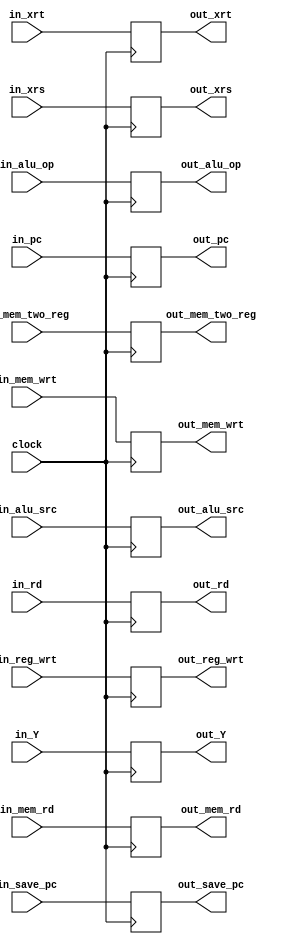
`timescale 1ns / 1ps
//////////////////////////////////////////////////////////////////////////////////
// Company: 
// Engineer: 
// 
// Design Name: 
// Module Name: id_ex_buffer
// Project Name: 
// Target Devices: 
// Tool Versions: 
// Description: 
// 
// Dependencies: 
// 
// Revision:
// Revision 0.01 - File Created
// Additional Comments:
// 
//////////////////////////////////////////////////////////////////////////////////


module id_ex_buffer(input clock,
                    input in_reg_wrt, 
                    input in_mem_two_reg, 
                    input in_mem_wrt, 
                    input in_mem_rd, 
                    input [2:0] in_alu_op, 
                    input in_alu_src, 
                    input in_save_pc,
                    input [31:0] in_pc,
                    input [31:0] in_Y,
                    input [31:0] in_xrs,
                    input [31:0] in_xrt,
                    input [5:0] in_rd,
                    output reg out_reg_wrt, 
                    output reg out_mem_two_reg, 
                    output reg out_mem_wrt, 
                    output reg out_mem_rd, 
                    output reg [2:0] out_alu_op, 
                    output reg out_alu_src, 
                    output reg out_save_pc,
                    output reg [31:0] out_pc,
                    output reg [31:0] out_Y,
                    output reg [31:0] out_xrs,
                    output reg [31:0] out_xrt,
                    output reg [5:0] out_rd);
                    
always@(posedge clock)
begin
    out_reg_wrt = in_reg_wrt;
    out_mem_two_reg = in_mem_two_reg;
    out_mem_wrt = in_mem_wrt;
    out_mem_rd = in_mem_rd;
    out_alu_op = in_alu_op;
    out_alu_src = in_alu_src;
    out_save_pc = in_save_pc;
    out_pc = in_pc;
    out_Y = in_Y;
    out_xrs = in_xrs;
    out_xrt = in_xrt;
    out_rd = in_rd;

end
endmodule